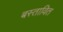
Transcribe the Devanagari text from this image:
बस्तावित